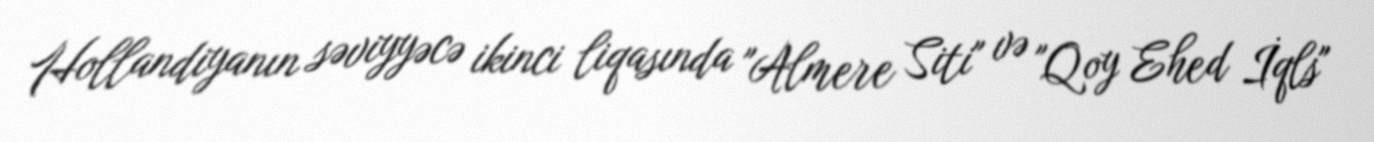
Hollandiyanın səviyyəcə ikinci liqasında "Almere Siti" və "Qoy Ehed İqls"